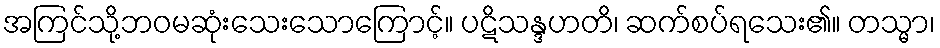
အကြင်သို့ဘဝမဆုံးသေးသောကြောင့်။ ပဋိသန္ဒဟတိ၊ ဆက်စပ်ရသေး၏။ တသ္မာ၊